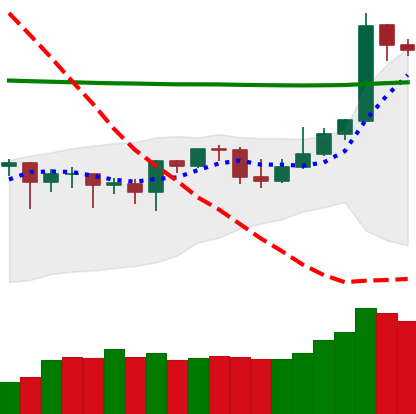
Ticker: DOGE-USD
Chart end date: 2020-04-28
Forward return: 7.311%
Label: up_7plus